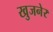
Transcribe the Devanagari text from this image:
खुजनेर